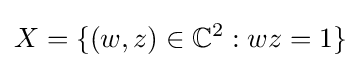
X=\{(w,z)\in \mathbb {C} ^{2}:wz=1\}